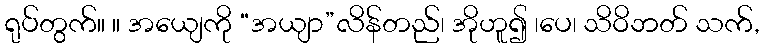
ရုပ်တွက်။ ။ အယျေကို “အယျာ”လိန်တည်၊ အိုဟူ၍ ၊ပေ၊ သိဝိဘတ် သက်,